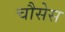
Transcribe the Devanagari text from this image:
चौसेस